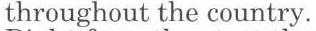
throughout the country.